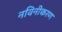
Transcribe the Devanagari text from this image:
नविनीकरण